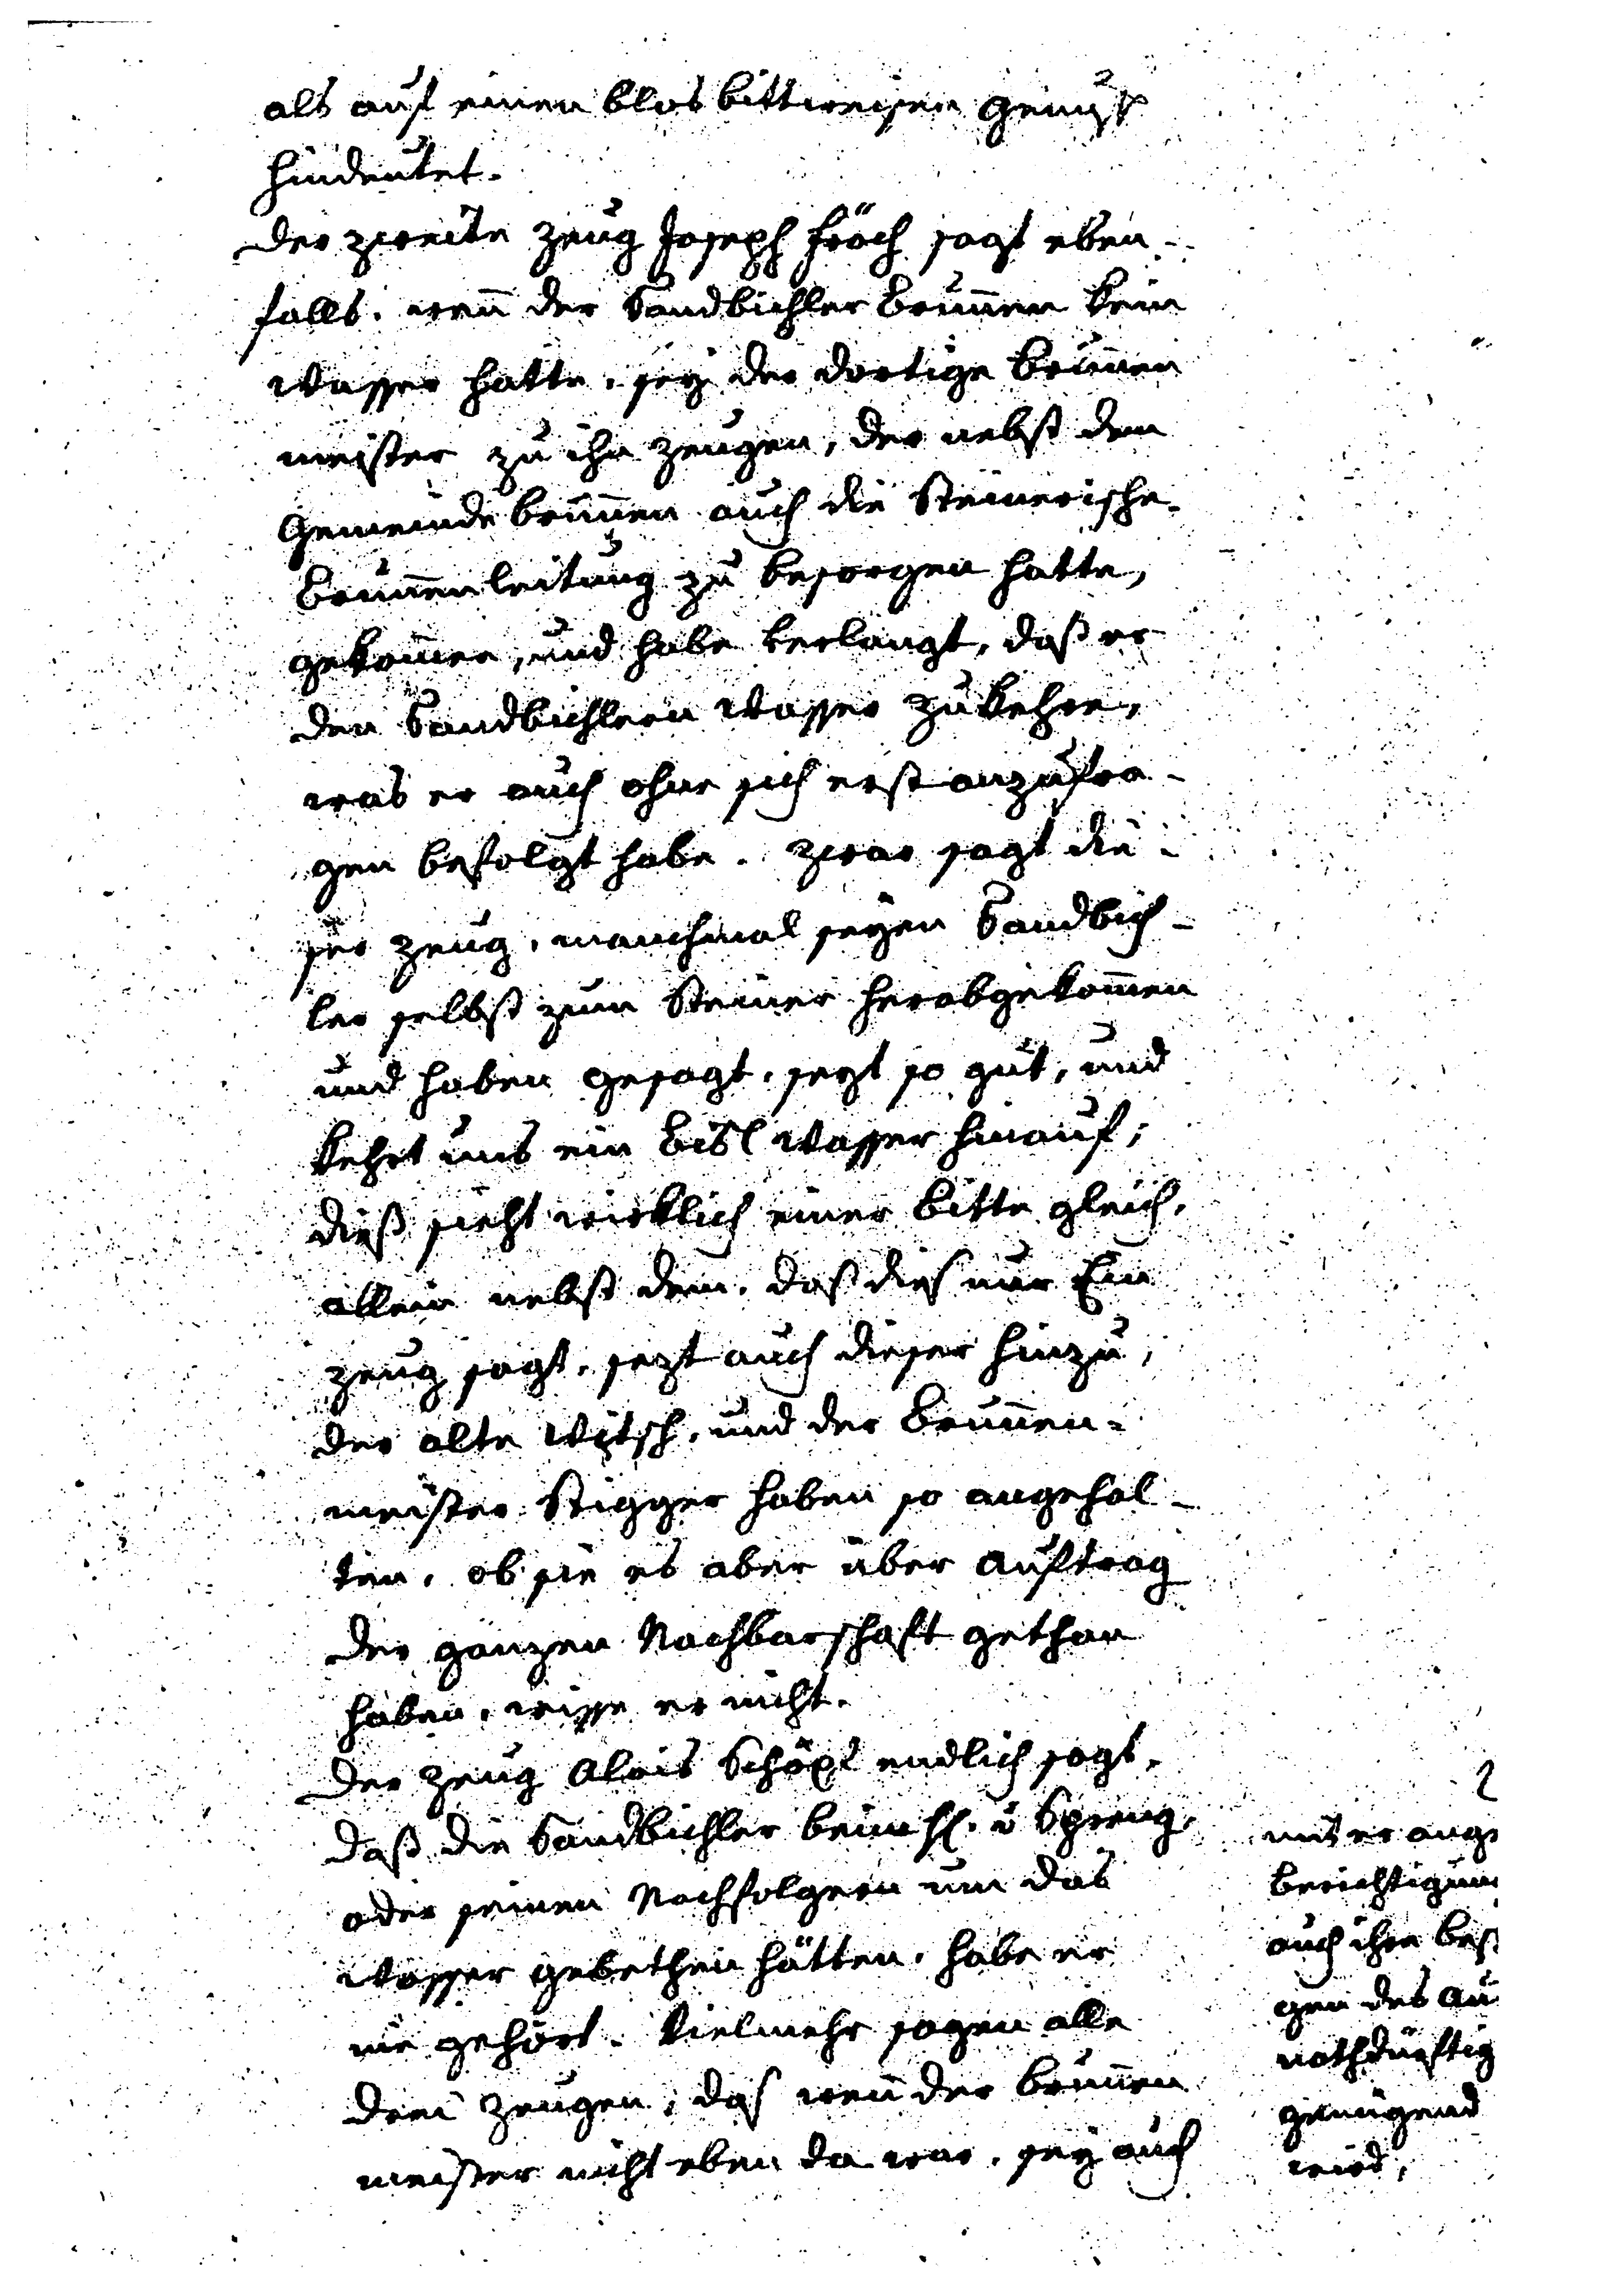
als auf einen blos bittweisen Genuss
hindeutet.
Der zweite Zeug Joseph Fröch sagt eben¬
falls, wenn der Sandbichler Brunnen kein
Wasser hatte, sey der dortige Brunnen¬
meister zu ihn Zeugen der nebst dem
Gemeinde Brunnen auch die Steinerische
Brunnenleitung zu besorgen hatte,
gekommen, und habe verlangt, daß er
den Sandbichlern Wasser zukehre,
was er auch ohne sich erstanzufra¬
gen befolgt habe. Zwar sagt die¬
ser Zeug, manchmal seyen Sandbich¬
ler selbst zum Steiner herabgekommen
und haben gesagt, seyt so gut, und
kehrt uns ein Bisl Wasser hinauf,
daß sieht wirklich einer Bitte gleich,
allein nebst dem, daß dies nur Ein
Zeug sagt, sezt auch dieser hinzu,
der alte Witsch, und der Brunnen¬
meister Stigger haben so angehal¬
ten, ob sie es aber über Auftrag
der ganzen Nachbarschaft gethan
haben, wisse er nicht.
Der Zeug Alois Schöpf endlich sagt,
daß die Sandbichler beim H v Spreng
oder seinen Nachfolgern um das
Wasser gebethen hätten, habe er
nur gehört. Vielmehr sagen alle
drei Zeugen, daß wenn der Brunnen¬
meister nicht eben da war, sey auch

#
und er ange
Berichtigung
auch ihre Bes
gen des an
nothdürftig
genügend
wird,